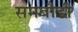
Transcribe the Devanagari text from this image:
समबौडी